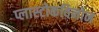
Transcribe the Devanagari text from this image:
प्लास्टोकविनोन